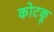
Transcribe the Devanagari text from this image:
कोटकू